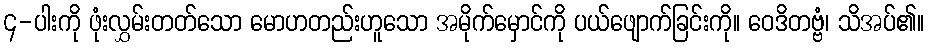
၄-ပါးကို ဖုံးလွှမ်းတတ်သော မောဟတည်းဟူသော အမိုက်မှောင်ကို ပယ်ဖျောက်ခြင်းကို။ ဝေဒိတဗ္ဗံ၊ သိအပ်၏။